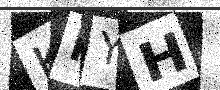
Text: KNYH